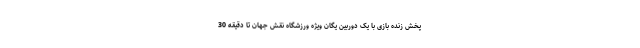
پخش زنده بازی با یک دوربین یگان ویژه ورزشگاه نقش جهان تا دقیقه 30